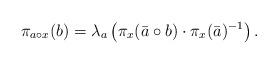
LaTeX: \begin{align*}\pi_{a\circ x}(b) = \lambda_a\left(\pi_x(\bar{a}\circ b) \cdot \pi_x(\bar{a})^{-1}\right).\end{align*}